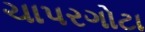
ચાપરગોટા